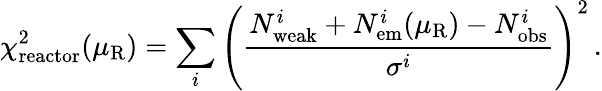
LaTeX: \chi_{\mathrm{reactor}}^{2}(\mu_{\mathrm{R}})=\sum_{i}\left(\frac{N_{\mathrm{weak}}^{i}+N_{\mathrm{em}}^{i}(\mu_{\mathrm{R}})-N_{\mathrm{obs}}^{i}}{\sigma^{i}}\right)^{2}\, .